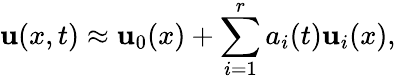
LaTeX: {\mathbf{u}}(x,t)\approx{\mathbf{u}}_{0}(x)+\sum_{i=1}^{r}a_{i}(t){\mathbf{u}}_{i}(x),